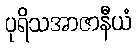
ပုရိသအာဇာနီယံ